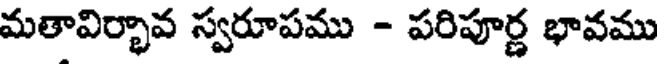
మతావిర్భావ స్వరూపము - పరిపూర్ణ భావము